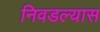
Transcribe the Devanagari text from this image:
निवडल्यास